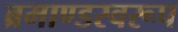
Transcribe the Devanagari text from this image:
ब्रमाण्डस्वरूप